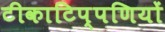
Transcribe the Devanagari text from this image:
टीकाटिप्पणियों